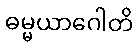
ဓမ္မယာဂေါတိ